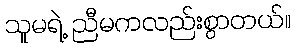
သူမရဲ့ ညီမကလည်းစွာတယ်။